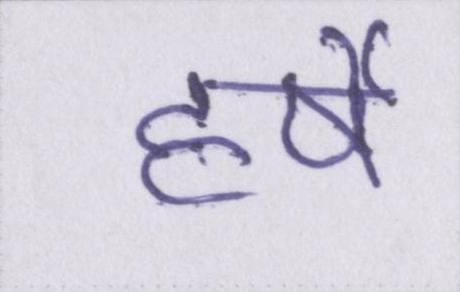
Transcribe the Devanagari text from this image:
हर्षे